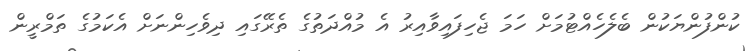
ކުންފުންޔަކުން ބެލެހެއްޓުމަށް ހަމަ ޖެހިފައިވާއިރު އެ މުއްދަތުގެ ތެރޭގައި ދިވެހިންނަށް އެކަމުގެ ތަމްރީން